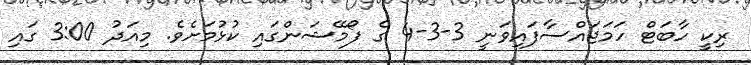
ރިކީ ހާބަޓް ހަމަޖައްސާފައިވަނީ 3-3-4 ގެ ފޯމޭޝަންގައި ކުޅުމަށެވެ. މިއަދު 3:00 ގައި